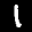
Label: 1